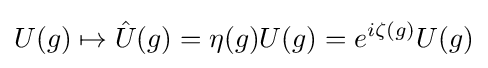
U(g)\mapsto {\hat {U}}(g)=\eta (g)U(g)=e^{i\zeta (g)}U(g)